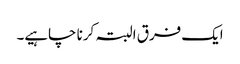
ایک فرق البتہ کرنا چاہیے۔